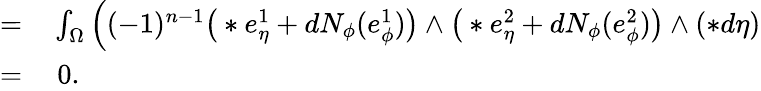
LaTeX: \begin{array}{rl}{=}&{{}\int_{\Omega}\Big((-1)^{n-1}\big(\ast e_{\eta}^{1}+dN_{\phi}(e_{\phi}^{1})\big)\wedge\big(\ast e_{\eta}^{2}+dN_{\phi}(e_{\phi}^{2})\big)\wedge(\ast d\eta)}\\ {=}&{{}\ 0.}\end{array}